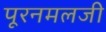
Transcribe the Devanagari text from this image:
पूरनमलजी